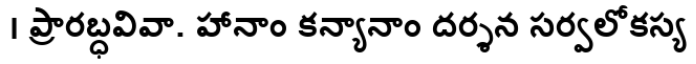
। ప్రారబ్ధవివా. హానాం కన్యానాం దర్శన సర్వలోకస్య